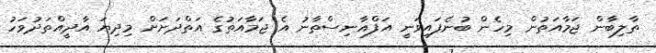
ތާލިބާން ޖަމާއަތުން މިހެން ބުނެފައިވަނީ އަފްޣާނިސްތާނު އެ ޖަމާއަތުގެ އަތްދަށަށް މިދިޔަ އާދީއްތަދުވަހު